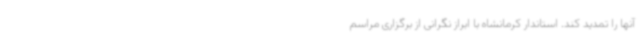
آنها را تمدید کند. استاندار کرمانشاه با ابراز نگرانی از برگزاری مراسم